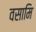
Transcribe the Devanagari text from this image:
वसामि